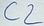
Text: C2